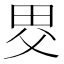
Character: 𤱀